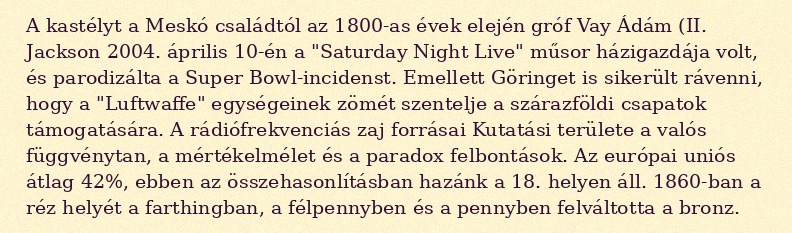
A kastélyt a Meskó családtól az 1800-as évek elején gróf Vay Ádám (II. Jackson 2004. április 10-én a "Saturday Night Live" műsor házigazdája volt, és parodizálta a Super Bowl-incidenst. Emellett Göringet is sikerült rávenni, hogy a "Luftwaffe" egységeinek zömét szentelje a szárazföldi csapatok támogatására. A rádiófrekvenciás zaj forrásai Kutatási területe a valós függvénytan, a mértékelmélet és a paradox felbontások. Az európai uniós átlag 42%, ebben az összehasonlításban hazánk a 18. helyen áll. 1860-ban a réz helyét a farthingban, a félpennyben és a pennyben felváltotta a bronz.